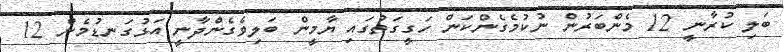
ބަލި ކުރާނީ 12 މެންބަރުން ނުކުމެގެންކަން ހަގީގަތުގައި ޔާމީން ބަލިވެގެންދާނީ އަޅުގަނޑުމެން 12